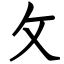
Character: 攵